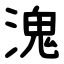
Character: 溾